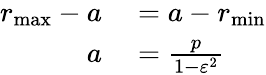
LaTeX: \begin{array}{rl}{r_{\operatorname*{max}}-a}&{{}=a-r_{\operatorname*{min}}}\\ {a}&{{}={\frac{p}{1-\varepsilon^{2}}}}\end{array}